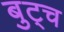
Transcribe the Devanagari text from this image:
बुट्च